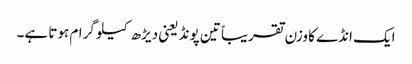
ایک انڈے کا وزن تقریباً تین پونڈ یعنی دیڑھ کیلو گرام ہوتا ہے۔